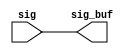
module ccx_iob_rptr (
   sig_buf, 
   sig
   );
output	[135:0]	 sig_buf;
input	[135:0]	 sig;
assign	sig_buf = sig;
endmodule